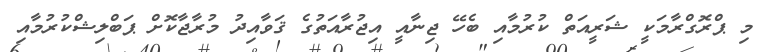
މި ޕްރޮގްރާމަކީ ޝަރީއަތް ކުރުމާއި ބެހޭ ޖިނާއީ އިޖުރާއަތުގެ ޤަވާއިދު މުރާޖާކޮށް ޕަބްލިޝްކުރުމާއި